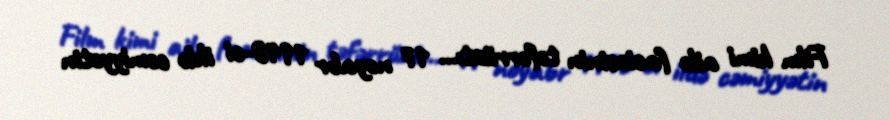
Film kimi ailə faciəsinin təfərrüatı... 17 noyabr 1948-ci ildə cəmiyyətin